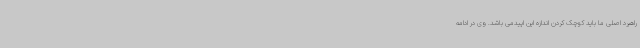
راهبرد اصلی ما باید کوچک کردن اندازه این اپیدمی باشد. وی در ادامه